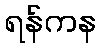
ရန်ကန